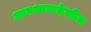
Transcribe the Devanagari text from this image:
आवश्यकदेखील